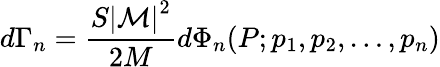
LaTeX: d\Gamma_{n}={\frac{S\left|{\mathcal{M}}\right|^{2}}{2M}}d\Phi_{n}(P;p_{1},p_{2},\dots,p_{n})